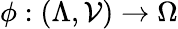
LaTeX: \phi:(\Lambda,\mathcal{V})\to\Omega